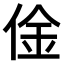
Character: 𠊄